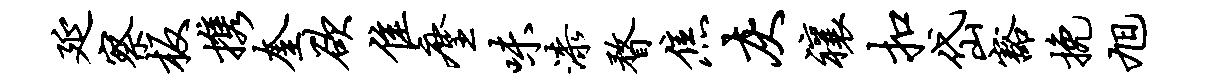
延察板携奎欲隹麈味漆瞀焦灰禳扣岱豁挽旭